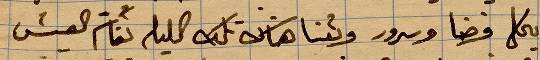
يحكي فرضًا وسرور وبتنا هناك كل الليل نعام العيش